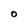
Character: O